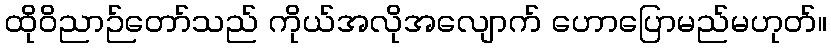
ထိုဝိညာဉ်တော်သည် ကိုယ်အလိုအလျောက် ဟောပြောမည်မဟုတ်။